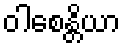
ဝါစေန္တိယာ